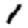
Digit: 1